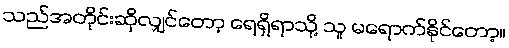
သည်အတိုင်းဆိုလျှင်တော့ ရေရှိရာသို့ သူ မရောက်နိုင်တော့။